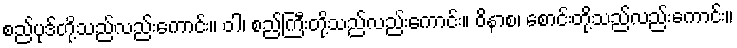
စည်ပုဒ်တို့သည်လည်းကောင်း။ ဝါ၊ စည်ကြီးတို့သည်လည်းကောင်း။ ဝိနာစ၊ စောင်းတို့သည်လည်းကောင်း။